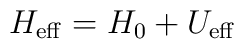
H_{\rm eff}=H_0+U_{\rm eff}